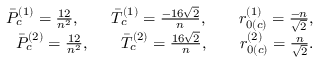
\begin{array} { r } { \Bar { P } _ { c } ^ { ( 1 ) } = \frac { 1 2 } { n ^ { 2 } } , \; \; \; \; \; \; \; \Bar { T } _ { c } ^ { ( 1 ) } = \frac { - 1 6 \sqrt { 2 } } { n } , \; \; \; \; \; \; \; r _ { 0 ( c ) } ^ { ( 1 ) } = \frac { - n } { \sqrt { 2 } } , } \\ { \Bar { P } _ { c } ^ { ( 2 ) } = \frac { 1 2 } { n ^ { 2 } } , \; \; \; \; \; \; \; \Bar { T } _ { c } ^ { ( 2 ) } = \frac { 1 6 \sqrt { 2 } } { n } , \; \; \; \; \; \; \; r _ { 0 ( c ) } ^ { ( 2 ) } = \frac { n } { \sqrt { 2 } } . } \end{array}